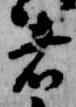
者